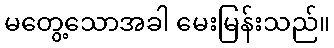
မတွေ့သောအခါ မေးမြန်းသည်။